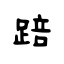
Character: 踣